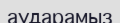
аударамыз